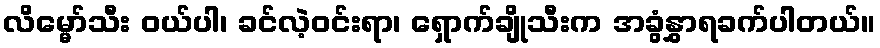
လိမ္မော်သီး ဝယ်ပါ၊ ခင်လဲ့ဝင်းရာ၊ ရှောက်ချိုသီးက အခွံနွှာရခက်ပါတယ်။